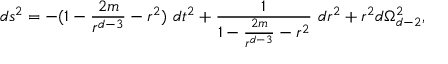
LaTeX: d s ^ { 2 } = - ( 1 - \frac { 2 m } { r ^ { d - 3 } } - r ^ { 2 } ) \ d t ^ { 2 } + \frac { 1 } { 1 - \frac { 2 m } { r ^ { d - 3 } } - r ^ { 2 } } \ d r ^ { 2 } + r ^ { 2 } d \Omega _ { d - 2 } ^ { 2 } ,